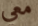
معي